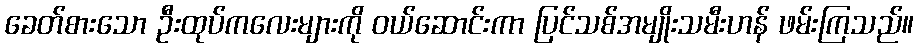
ခေတ်စားသော ဦးထုပ်ကလေးများကို ဝယ်ဆောင်းကာ ပြင်သစ်အမျိုးသမီးဟန် ဖမ်းကြသည်။